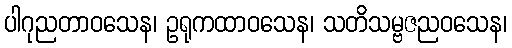
ပါဂုညတာဝသေန၊ ဥရုကထာဝသေန၊ သတိသမ္ဗဇညဝသေန၊